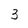
Character: 3